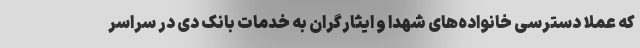
که عملاً دسترسی خانواده‌های شهدا و ایثارگران به خدمات بانک دی در سراسر